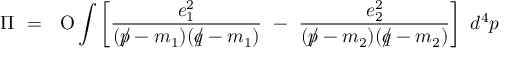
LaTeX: \Pi ~ = ~ \mathrm { \ O } \int \left[ { \frac { e _ { 1 } ^ { 2 } } { ( p \! \! \! / - m _ { 1 } ) ( q \! \! \! / - m _ { 1 } ) } } ~ - ~ { \frac { e _ { 2 } ^ { 2 } } { ( p \! \! \! / - m _ { 2 } ) ( q \! \! \! / - m _ { 2 } ) } } \right] ~ d ^ { 4 } p